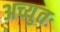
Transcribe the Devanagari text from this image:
अच्युतः